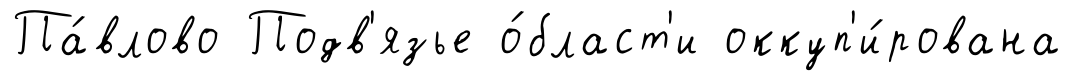
Па́влово Подв'язье о́бласт'и оккуп'и́рована